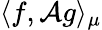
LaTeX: \langle f,\mathcal{A}g\rangle_{\mu}